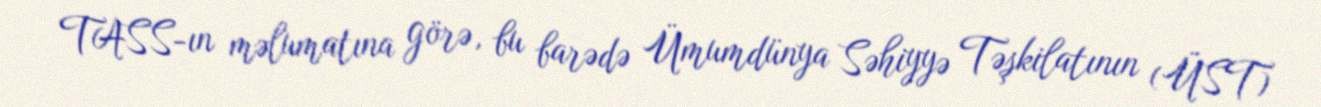
TASS-ın məlumatına görə, bu barədə Ümumdünya Səhiyyə Təşkilatının (ÜST)